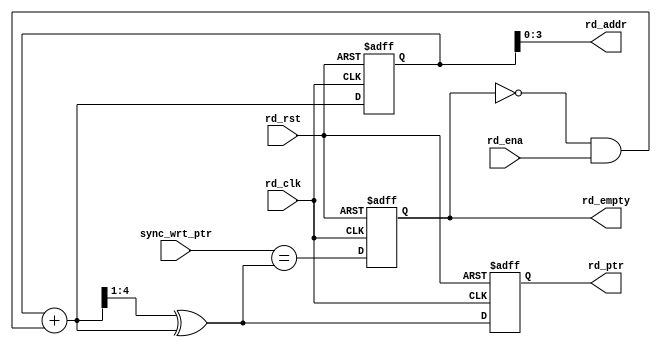


`timescale 1ns/1ns

module read_pointer_generation
	#(parameter ADDR_SIZE = 4)
	(output reg 		    rd_empty,
	 output     [ADDR_SIZE-1:0] rd_addr,
	 output reg [ADDR_SIZE:0]   rd_ptr,
	 input 	    [ADDR_SIZE:0]   sync_wrt_ptr,
	 input 			    rd_ena, rd_clk, rd_rst);
	 
		reg  [ADDR_SIZE:0] rd_bin;
		wire [ADDR_SIZE:0] rd_bin_nxt,rd_gray_nxt;
		wire 		   rd_empty_val;
		
		always@(posedge rd_clk , posedge rd_rst) begin
			if(rd_rst) 
				{rd_bin,rd_ptr} <= 0;
			else
				{rd_bin,rd_ptr} <= {rd_bin_nxt,rd_gray_nxt};				
		end 
	 
		always@(posedge rd_clk , posedge rd_rst) begin
			if(rd_rst)
				rd_empty <= 1'b1;
			else
				rd_empty <=  rd_empty_val;
		end
		
		assign rd_bin_nxt   =  rd_bin + (!rd_empty & rd_ena);
		assign rd_gray_nxt  = (rd_bin_nxt>>1) ^ rd_bin_nxt;
		assign rd_empty_val = (sync_wrt_ptr == rd_gray_nxt);
		assign rd_addr	    =  rd_bin[ADDR_SIZE-1:0];
 endmodule